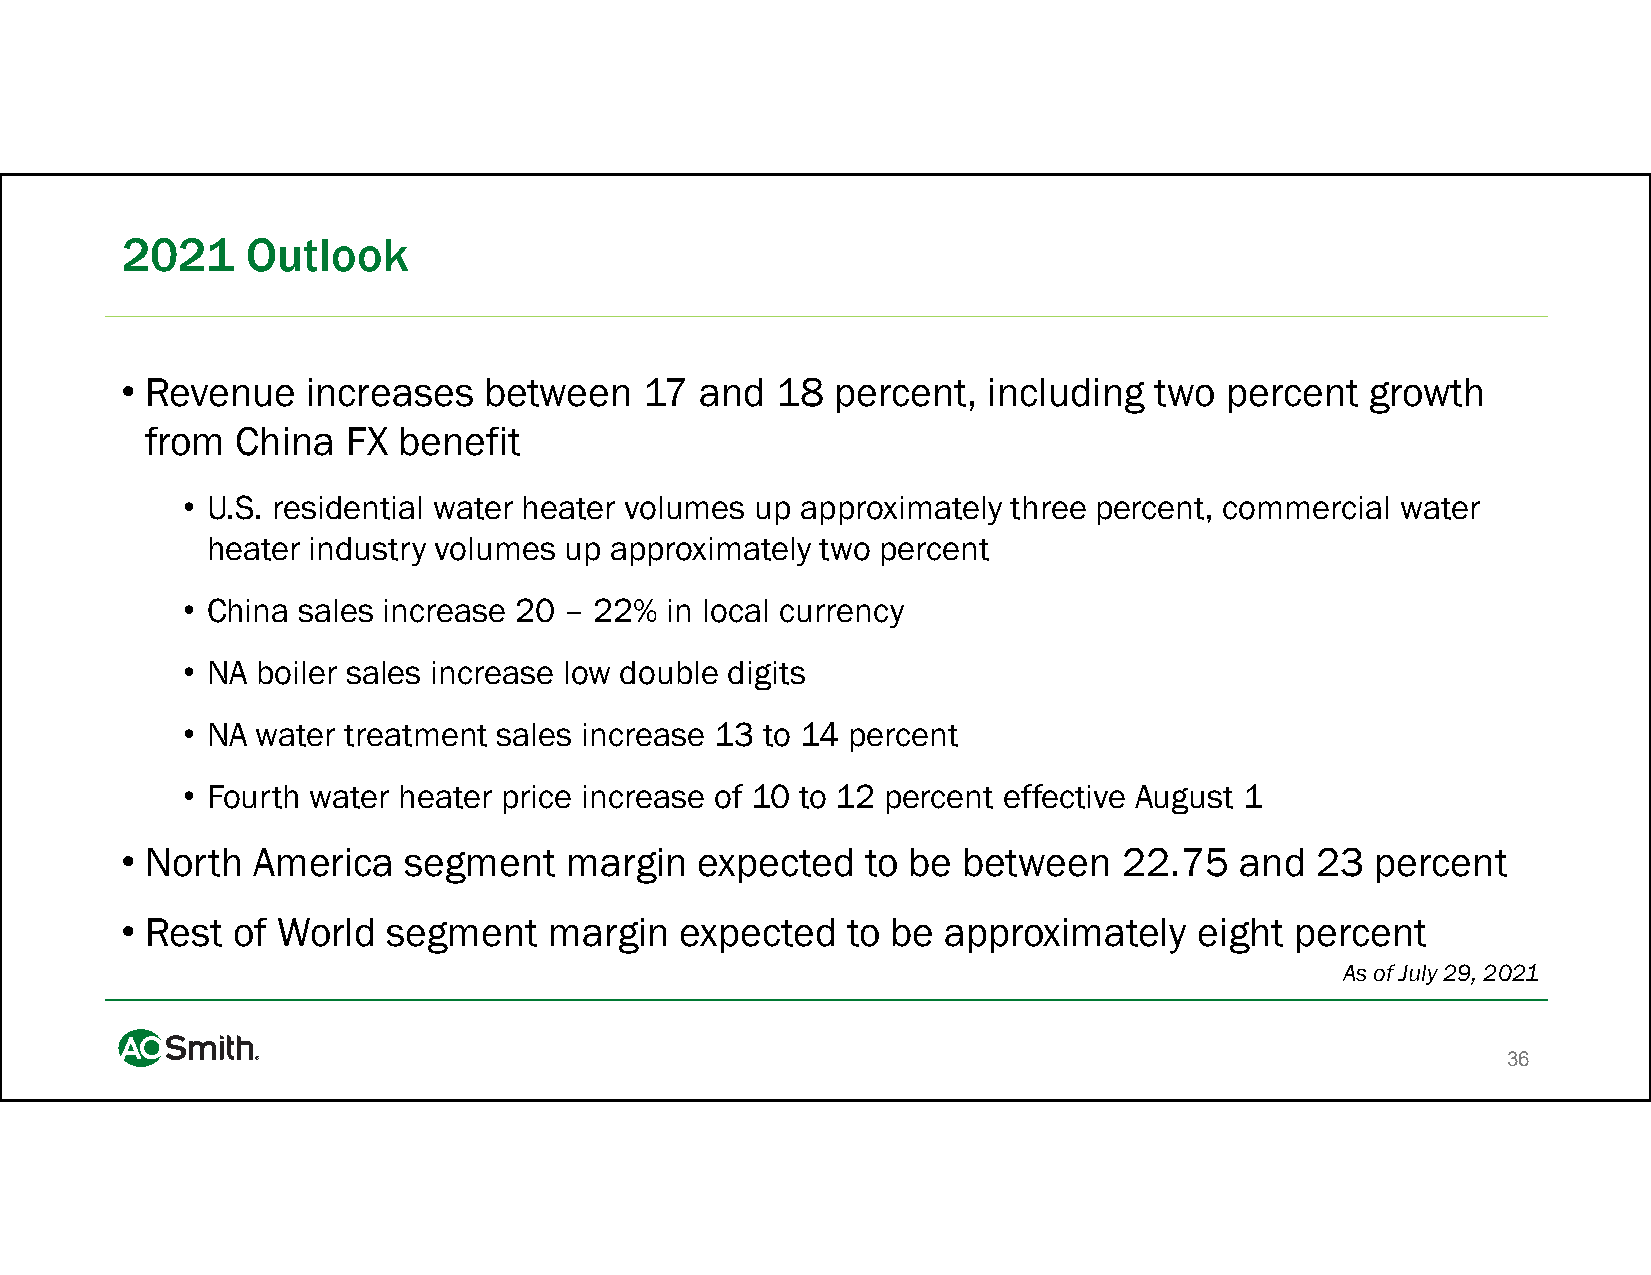
2021    Outlook
 • Revenue   increases   between    17 and  18  percent,  including  two  percent   growth
 from  China  FX benefit
 • U.S. residential water heater volumes up approximately three percent, commercial water
 heater industry volumes up approximately two percent
 • China sales increase 20 – 22% in local currency
 • NA boiler sales increase low double digits
 • NA water treatment sales increase 13 to 14 percent
 • Fourth water heater price increase of 10 to 12 percent effective August 1
 • North  America   segment   margin   expected   to be  between   22.75   and  23  percent
 • Rest of World   segment   margin   expected   to be  approximately   eight  percent
 As of July 29, 2021
 36